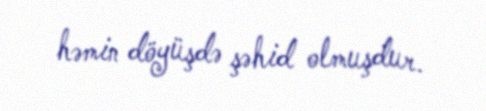
həmin döyüşdə şəhid olmuşdur.